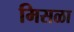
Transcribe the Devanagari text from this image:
मिसळा